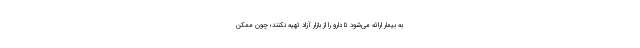
به بیمار ارائه می‌شود تا دارو را از بازار آزاد تهیه نکنند؛ چون ممکن